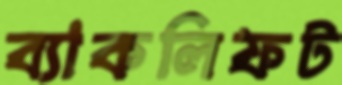
ব্যাকলিফট